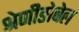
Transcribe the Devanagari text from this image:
श्रेणीङोबेल